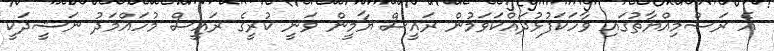
އެ ރަސްމިއްޔާތުގައި ވާހަކަފުޅުދައްކަވަމުން ރައީސް ޔާމީން ވަނީ ކުރީގެ ރައީސް މުހައްމަދު ނަޝީދަކީ